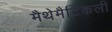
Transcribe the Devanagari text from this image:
मैथेमैटिकली